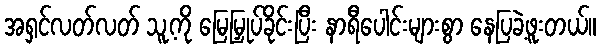
အရှင်လတ်လတ် သူ့ကို မြေမြှုပ်ခိုင်းပြီး နာရီပေါင်းများစွာ နေပြခဲ့ဖူးတယ်။